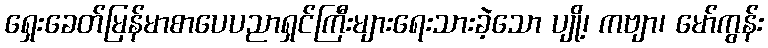
ရှေးခေတ်မြန်မာစာပေပညာရှင်ကြီးများရေးသားခဲ့သော ပျို့၊ ကဗျာ၊ မော်ကွန်း